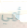
أمي